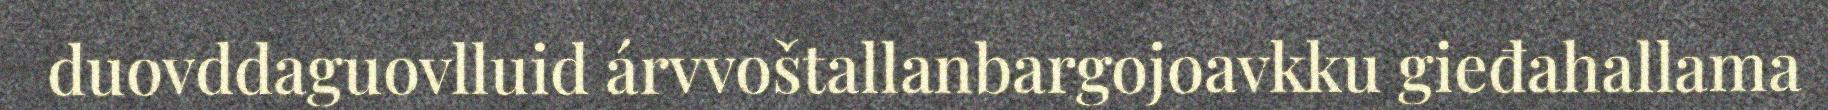
duovddaguovlluid árvvoštallanbargojoavkku gieđahallama